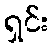
ရှင်း